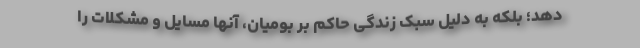
دهد؛ بلکه به دلیل سبک زندگی حاکم بر بومیان، آنها مسایل و مشکلات را